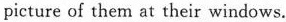
picture of them at their windows.